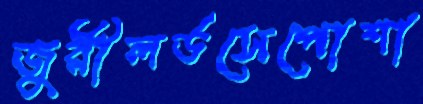
জুরীলর্ডসেপোশা